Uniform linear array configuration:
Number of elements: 32
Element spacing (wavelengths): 0.25
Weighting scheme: cosine
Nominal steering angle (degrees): -45
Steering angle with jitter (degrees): -45.311
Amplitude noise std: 0.05
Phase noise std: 0.05

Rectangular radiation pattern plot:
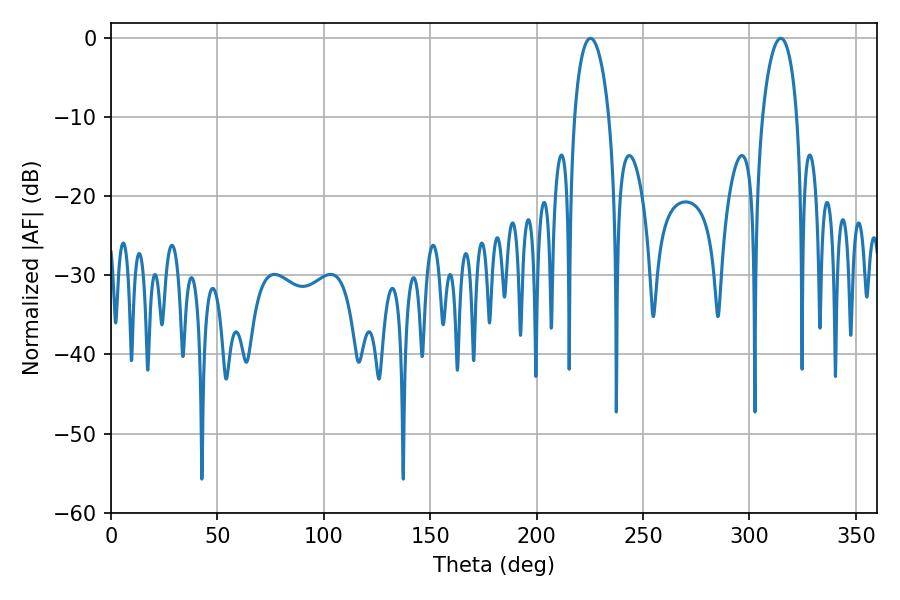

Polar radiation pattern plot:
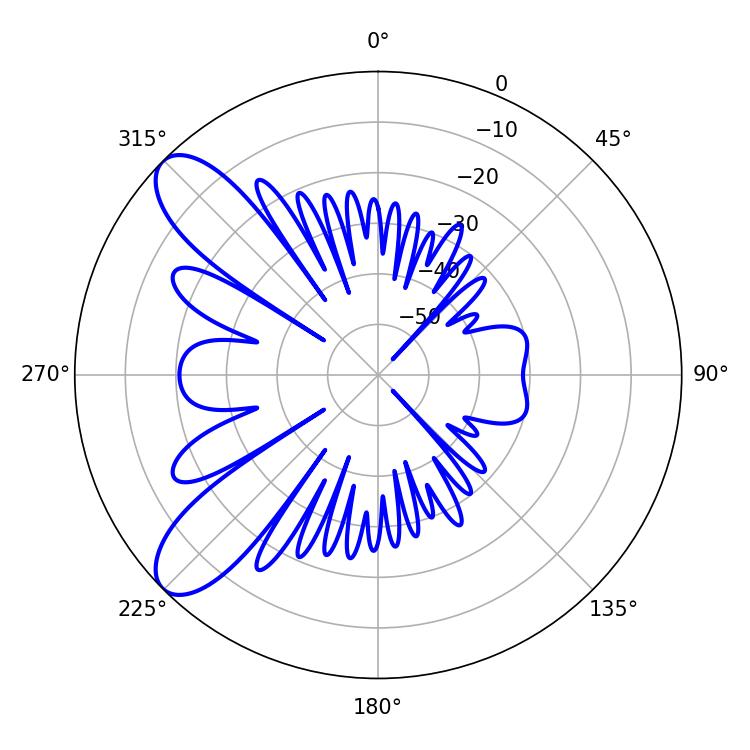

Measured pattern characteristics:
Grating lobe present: FALSE
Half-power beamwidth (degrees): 9.18
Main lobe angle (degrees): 225.36